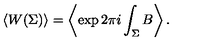
\left< W ( \Sigma ) \right> = \left< \exp 2 \pi i \int _ { \Sigma } B \right> .